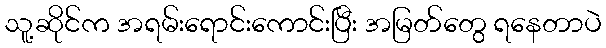
သူ့ဆိုင်က အရမ်းရောင်းကောင်းပြီး အမြတ်တွေ ရနေတာပဲ